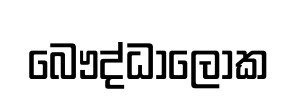
බෞද්ධාලෝක